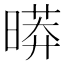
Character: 㬒